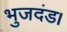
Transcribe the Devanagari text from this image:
भुजदंड।